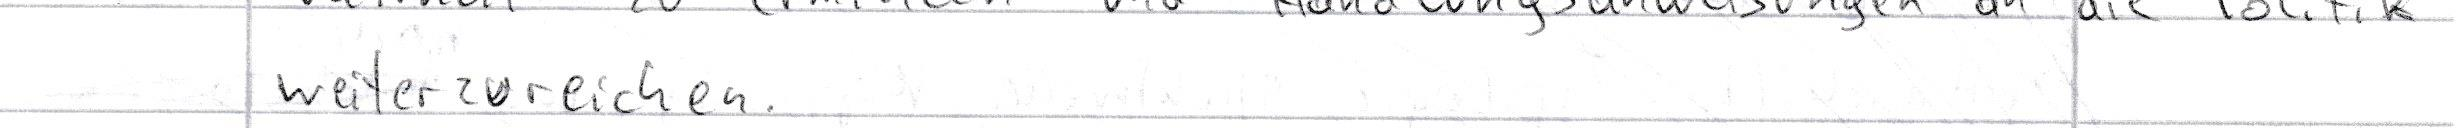
weiterzureichen.